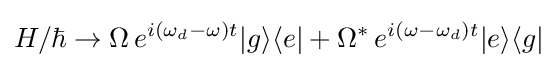
H/\hbar \to \Omega \,e^{i(\omega _{d}-\omega )t}|g\rangle \langle e|+\Omega ^{*}\,e^{i(\omega -\omega _{d})t}|e\rangle \langle g|